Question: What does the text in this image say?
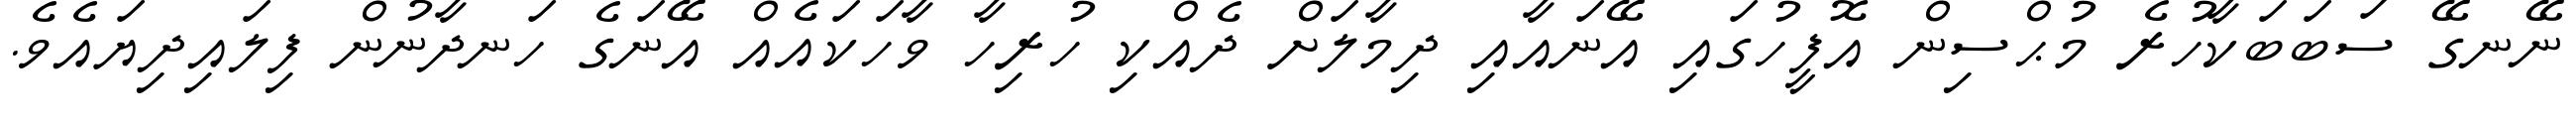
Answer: ނޭނގޭ ސަބަބަކާހުރެ މުޙްސިން އޮފީހުގައި އޭނައާއި ދިމާލަށް ދެއްކި ހުރިހާ ވާހަކައެއް އޭނަގެ ހަނދާނުން ފިލައިދިޔައެވެ.